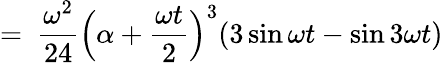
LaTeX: =\ \frac{\omega^{2}}{24}\Big(\alpha+\frac{\omega t}{2}\Big)^{3}(3\sin{\omega t}-\sin{3\omega t})